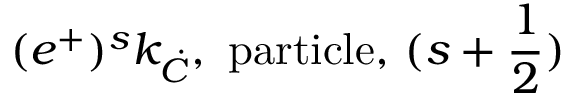
( e ^ { + } ) ^ { s } k _ { \dot { C } } \mathrm { , ~ p a r t i c l e , ~ } ( s + \frac { 1 } { 2 } )